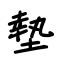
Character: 墊